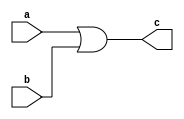
`timescale 1ns / 1ps
//////////////////////////////////////////////////////////////////////////////////
// Company: 
// Engineer: 
// 
// Design Name: 
// Module Name:    or_gate 
// Project Name: 
// Target Devices: 
// Tool versions: 
// Description: 
//
// Dependencies: 
//
// Revision: 
// Revision 0.01 - File Created
// Additional Comments: 
//
//////////////////////////////////////////////////////////////////////////////////
module or_gate(input a,b,output c);

assign c=a|b;

endmodule